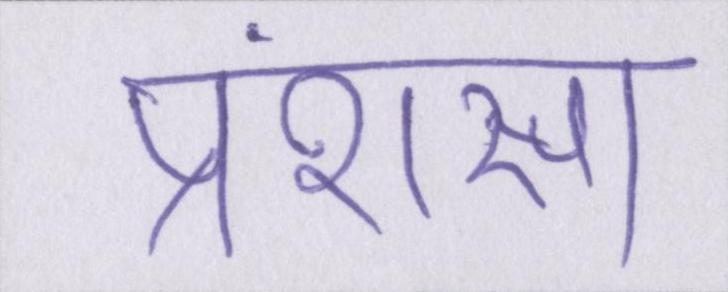
प्रंशसा